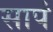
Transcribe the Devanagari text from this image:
सापं